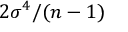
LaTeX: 2 \sigma ^ { 4 } / ( n - 1 )